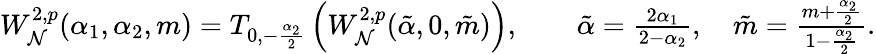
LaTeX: \begin{array}{r}{W_{\mathcal{N}}^{2,p}(\alpha_{1},\alpha_{2},m)=T_{0,-\frac{\alpha_{2}}2}\left(W_{\mathcal{N}}^{2,p}(\tilde{\alpha},0,\tilde{m})\right),\qquad\tilde{\alpha}=\frac{2\alpha_{1}}{2-\alpha_{2}},\quad\tilde{m}=\frac{m+\frac{\alpha_{2}}2}{1-\frac{\alpha_{2}}2}.}\end{array}